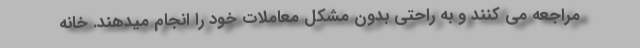
مراجعه می کنند و به راحتی بدون مشکل معاملات خود را انجام میدهند. خانه